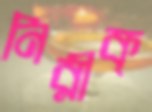
নিরীক্